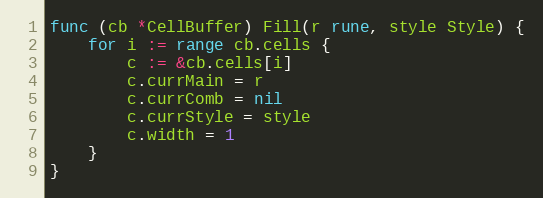
Language: Go
func (cb *CellBuffer) Fill(r rune, style Style) {
	for i := range cb.cells {
		c := &cb.cells[i]
		c.currMain = r
		c.currComb = nil
		c.currStyle = style
		c.width = 1
	}
}